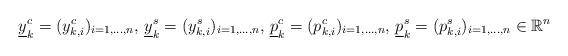
LaTeX: \begin{align*}\underline{y}_k^c = ( y_{k,i}^c)_{i=1,\dots,n}, \,\underline{y}_k^s = ( y_{k,i}^s)_{i=1,\dots,n}, \, \underline{p}_k^c = ( p_{k,i}^c)_{i=1,\dots,n}, \,\underline{p}_k^s = ( p_{k,i}^s)_{i=1,\dots,n} \in \mathbb{R}^n\end{align*}